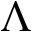
\Lambda